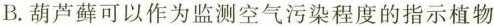
B.葫芦藓可以作为监测空气污染程度的指示植物